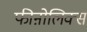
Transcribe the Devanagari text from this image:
फीऩोलिक्स